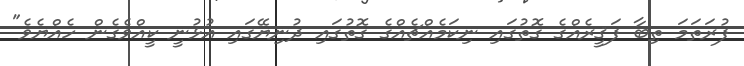
ފުރަތަމަ ތިބާ ފަޤީރެއްގެ ގޮތުގައި ނިކަމެއްޗެއްގެ ގޮތުގައި ދުނިޔޭގައި އުޅުނީ ކީއްވެގެން ހެއްޔެވެ"